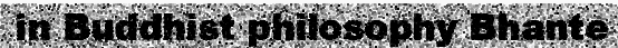
in Buddhist philosophy Bhante